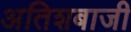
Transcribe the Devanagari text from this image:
अतिशबाजी